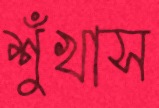
শুঁখাস